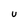
Character: U